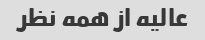
عالیه از همه نظر